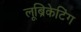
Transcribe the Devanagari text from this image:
लूब्रिकेटिंग